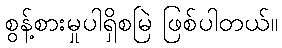
စွန့်စားမှုပါရှိစမြဲ ဖြစ်ပါတယ်။